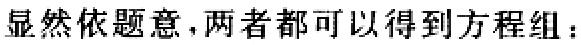
显然依题意，两者都可以得到方程组：